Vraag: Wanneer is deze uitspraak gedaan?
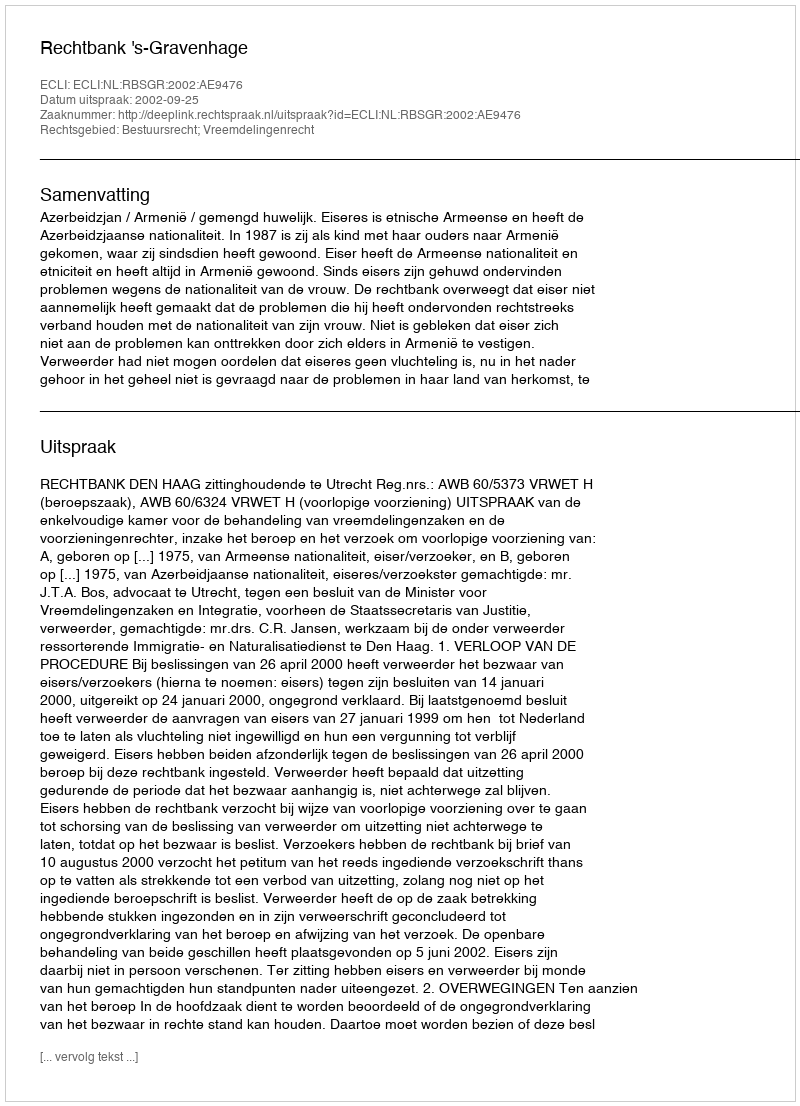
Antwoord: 2002-09-25